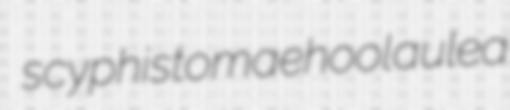
scyphistomae hoolaulea